Document type: Grant
Year: 1310
Scribe: [Unknown]
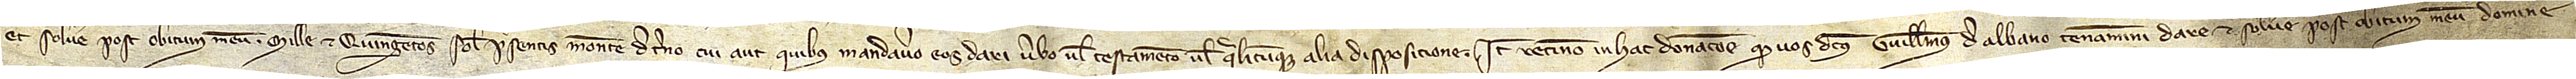
et solvere post obitum meum mille et quingentos solidos presentis monete de terno cui aut quibus mandavero eos dari verbo vel testamento vel qualicumque alia disposicione. Item, retineo in hac donacione quod vos dictus Guillelmus de Albano teneamini dare et solvere post obitum meum domine